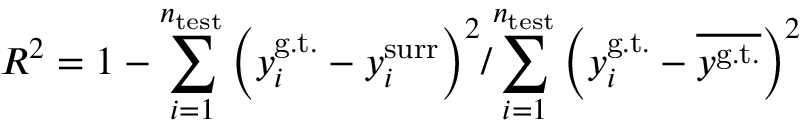
R ^ { 2 } = 1 - { \sum _ { i = 1 } ^ { n _ { \mathrm { t e s t } } } \left( y _ { i } ^ { \mathrm { g . t . } } - y _ { i } ^ { \mathrm { s u r r } } \right) ^ { 2 } } / { \sum _ { i = 1 } ^ { n _ { \mathrm { t e s t } } } \left( y _ { i } ^ { \mathrm { g . t . } } - { \overline { { y ^ { \mathrm { g . t . } } } } } \right) ^ { 2 } }